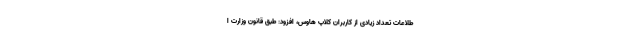
طلاعات تعداد زیادی از کاربران کلاپ هاوس، افزود: طبق قانون وزارت ا